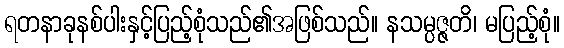
ရတနာခုနစ်ပါးနှင့်ပြည့်စုံသည်၏အဖြစ်သည်။ နသမ္ပဇ္ဇတိ၊ မပြည့်စုံ။